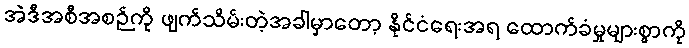
အဲဒီအစီအစဉ်ကို ဖျက်သိမ်းတဲ့အခါမှာတော့ နိုင်ငံရေးအရ ထောက်ခံမှုများစွာကို